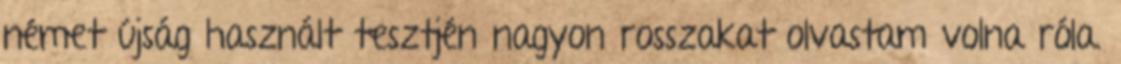
német újság használt tesztjén nagyon rosszakat olvastam volna róla.